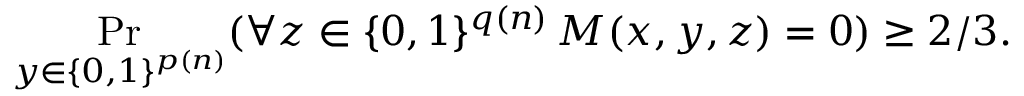
\Pr _ { y \in \{ 0 , 1 \} ^ { p ( n ) } } ( \forall z \in \{ 0 , 1 \} ^ { q ( n ) } \, M ( x , y , z ) = 0 ) \geq 2 / 3 .